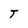
Character: T